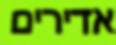
אדירים